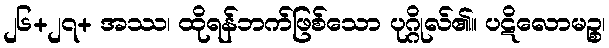
၂၆+၂၇+ အဿ၊ ထိုရန်ဘက်ဖြစ်သော ပုဂ္ဂိုလ်၏။ ပဋိလောမဉ္စ၊